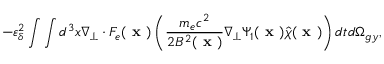
- \varepsilon _ { \delta } ^ { 2 } \int \int d ^ { 3 } x \nabla _ { \perp } \boldsymbol { \cdot } F _ { e } ( \textbf { x } ) \left( \frac { m _ { e } c ^ { 2 } } { 2 B ^ { 2 } ( \textbf { x } ) } \nabla _ { \perp } \Psi _ { 1 } ( \textbf { x } ) \hat { \chi } ( \textbf { x } ) \right) d t d \Omega _ { g y } ,